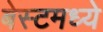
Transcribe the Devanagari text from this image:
बेस्टमध्ये